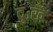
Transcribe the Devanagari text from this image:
दुःखें